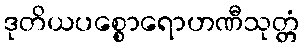
ဒုတိယပစ္စောရောဟဏီသုတ္တံ